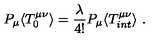
P _ { \mu } \langle T _ { 0 } ^ { \mu \nu } \rangle = \frac { \lambda } { 4 ! } P _ { \mu } \langle T _ { i n t } ^ { \mu \nu } \rangle \ .